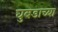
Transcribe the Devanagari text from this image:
घुबडाच्या